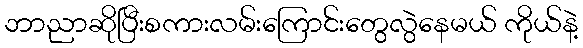
ဘာညာဆိုပြီးစကားလမ်းကြောင်းတွေလွဲနေမယ် ကိုယ်နဲ့